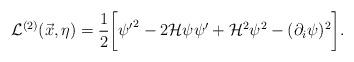
LaTeX: \begin{align*}{\cal L}^{(2)}(\vec{x},\eta) = \frac{1}{2} \biggl[ {\psi'}^2 - 2 {\cal H} \psi\psi' + {\cal H}^2 \psi^2 - (\partial_{i} \psi)^2\biggr].\end{align*}